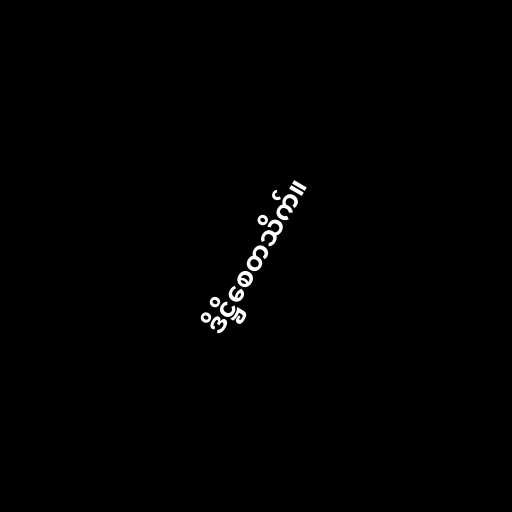
ဒိဋ္ဌိစေတသိက်။